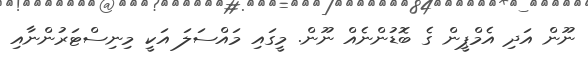
ނޫން އަދި އެމްޕީން ގެ ބޮޑުންނެއް ނޫން. މީގައި މައްސަލަ އަކީ މިނިސްޓަރުންނާއި